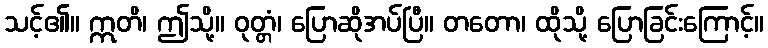
သင့်၏။ ဣတိ၊ ဤသို့။ ဝုတ္တံ၊ ပြောဆိုအပ်ပြီ။ တတော၊ ထိုသို့ ပြောခြင်းကြောင့်။